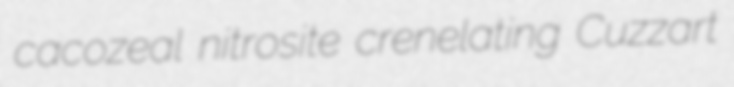
cacozeal nitrosite crenelating Cuzzart